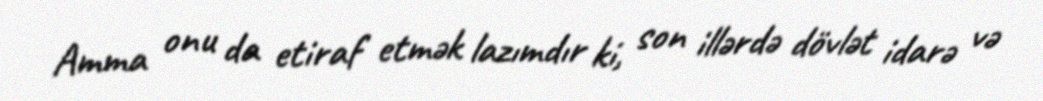
Amma onu da etiraf etmək lazımdır ki, son illərdə dövlət idarə və